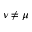
\nu \neq \mu